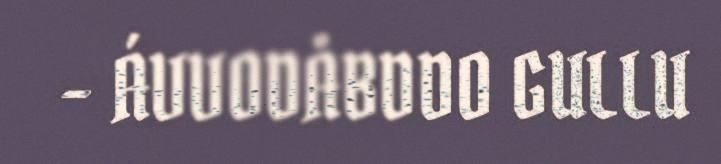
– ÁVVODÅBDDO GULLU